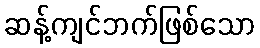
ဆန့်ကျင်ဘက်ဖြစ်သော